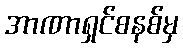
အာဏာရှင်စနစ်မှ